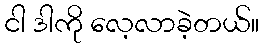
ငါ ဒါကို လေ့လာခဲ့တယ်။